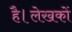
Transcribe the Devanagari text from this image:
है।लेखकों